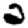
Digit: 2